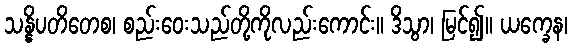
သန္နိပတိတေစ၊ စည်းဝေးသည်တို့ကိုလည်းကောင်း။ ဒိသွာ၊ မြင်၍။ ယက္ခေန၊